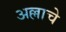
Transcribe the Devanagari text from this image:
अल्लाचे